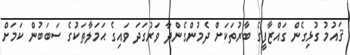
ޤައުމު ގުޅިގެން ގައްޒާފީގެ ބާރުތަކަށް ދެމުންގެންދާ ވަރުގަދަ ވައިގެ ޙަމަލާތަކުގެ ސަބަބުން ކަމަށް